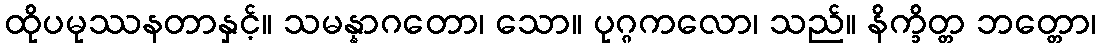
ထိုပမုဿနတာနှင့်။ သမန္နာဂတော၊ သော။ ပုဂ္ဂကလော၊ သည်။ နိက္ခိတ္တ ဘတ္တော၊